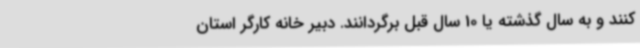
کنند و به سال گذشته یا 10 سال قبل برگردانند. دبیر خانه کارگر استان